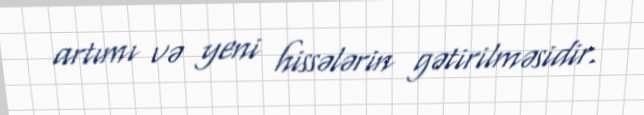
artımı və yeni hissələrin gətirilməsidir.